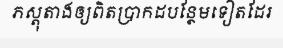
ភស្តុតាងឲ្យពិតប្រាកដបន្ថែមទៀតដែរ